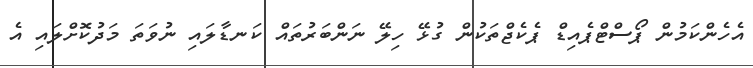
އެހެންކަމުން ޕޯސްޓްޕެއިޑް ޕެކެޖްތަކުން ގުޅޭ ހިލޭ ނަންބަރުތައް ކަނޑާލައި ނުވަތަ މަދުކޮށްލައި އެ